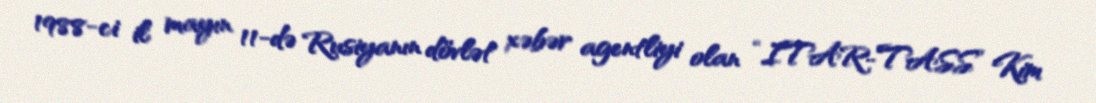
1988-ci il mayın 11-də Rusiyanın dövlət xəbər agentliyi olan “ITAR-TASS” Kim